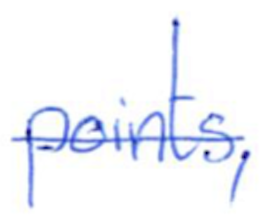
Text: points,
Cross-out: single-line
Writing tool: ballpoint